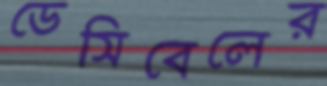
ডেসিবেলের